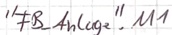
Text: "FB_Anlage".M1